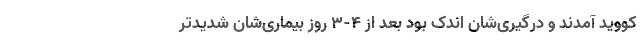
کووید آمدند و درگیری‌شان اندک بود بعد از 4-3 روز بیماری‌شان شدیدتر